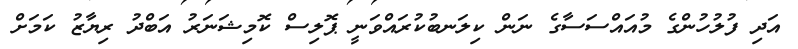
އަދި ފުލުހުންގެ މުއައްސަސާގެ ނަން ކިލަނބުކުރައްވަނީ ޕޮލިސް ކޮމިޝަނަރު އަބްދު ރިޔާޒު ކަމަށް